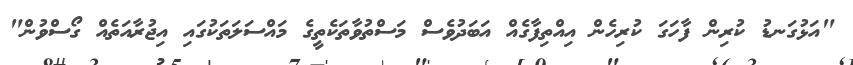
"އަޅުގަނޑު ކުރިން ފާހަގަ ކުރިހެން އިއްތިފާގެއް އަބަދުވެސް މަސްތުވާތަކެތީގެ މައްސަލަތަކުގައި އިޖުރާއަތެއް ގޯސްވުން"